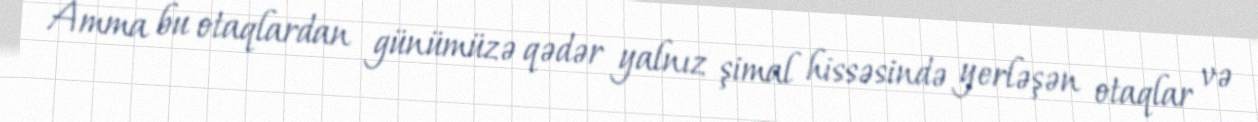
Amma bu otaqlardan günümüzə qədər yalnız şimal hissəsində yerləşən otaqlar və